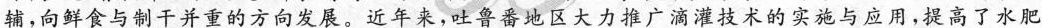
辅，向鲜食与制干并重的方向发展。近年来，吐鲁番地区大力推广滴灌技术的实施与应用，提高了水肥